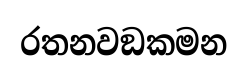
රතනවඞකමන